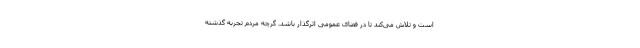
است و تلاش می‌کند تا در فضای عمومی اثرگذار باشد. گرچه مردم تجربه گذشته